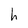
Character: h